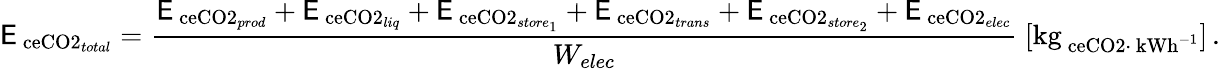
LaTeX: \mathsf{E}_{\mathrm{{\ ce{CO2}}}_{total}}=\frac{{\mathsf{E}_{\mathrm{{\ ce{CO2}}}_{prod}}+\mathsf{E}_{\mathrm{{\ ce{CO2}}}_{liq}}+\mathsf{E}_{\mathrm{{\ ce{CO2}}}_{store_{1}}}+\mathsf{E}_{\mathrm{{\ ce{CO2}}}_{trans}}+\mathsf{E}_{\mathrm{{\ ce{CO2}}}_{store_{2}}}+\mathsf{E}_{\mathrm{{\ ce{CO2}}}_{elec}}}}{{W_{elec}}}\ [\mathrm{{kg}}_{\mathrm{{\ ce{CO2}}}\cdot\ \mathrm{{kWh}}^{-1}}]\, .